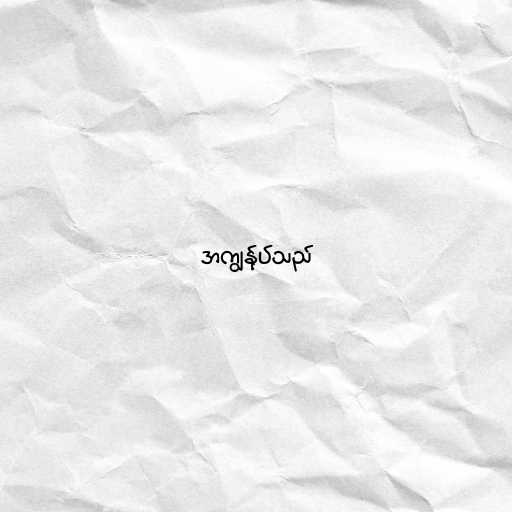
အကျွန်ုပ်သည်